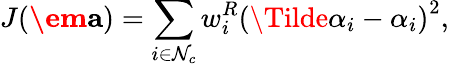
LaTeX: J(\textbf{\em a})=\sum_{i\in\mathcal{N}_{c}}w_{i}^{R}\left(\Tilde{\alpha}_{i}-\alpha_{i}\right)^{2},